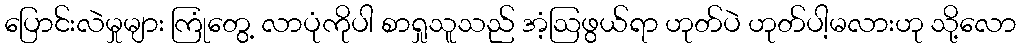
ပြောင်းလဲမှုများ ကြုံတွေ့ လာပုံကိုပါ စာရှုသူသည် အံ့ဩဖွယ်ရာ ဟုတ်ပဲ ဟုတ်ပါ့မလားဟု သို့လော